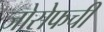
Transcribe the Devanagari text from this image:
जोसेफची